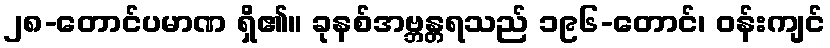
၂၈-တောင်ပမာဏ ရှိ၏။ ခုနစ်အဗ္ဘန္တရသည် ၁၉၆-တောင်၊ ဝန်းကျင်